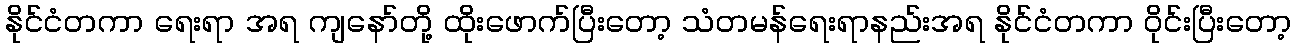
နိုင်ငံတကာ ရေးရာ အရ ကျနော်တို့ ထိုးဖောက်ပြီးတော့ သံတမန်ရေးရာနည်းအရ နိုင်ငံတကာ ဝိုင်းပြီးတော့